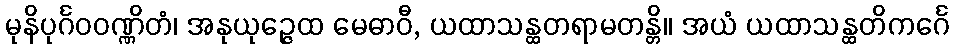
မုနိပုင်္ဂဝဝဏ္ဏိတံ၊ အနုယုဉ္ဇေထ မေဓာဝီ, ယထာသန္ထတရာမတန္တိ။ အယံ ယထာသန္ထတိကင်္ဂေ